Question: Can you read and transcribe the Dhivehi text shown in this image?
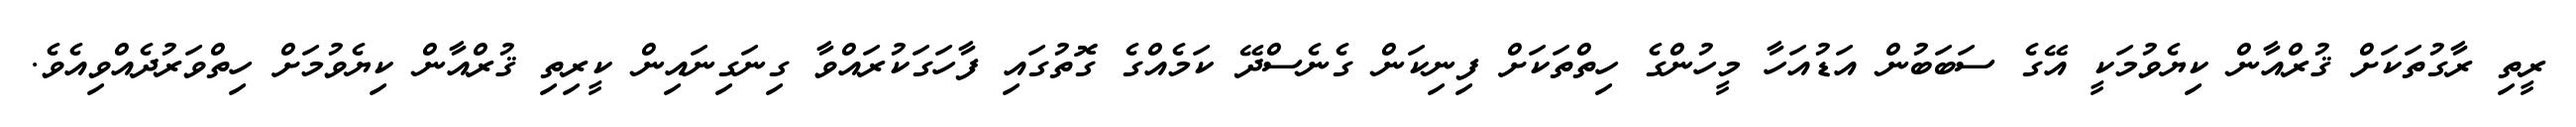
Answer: ރީތި ރާގުތަކަށް ޤުރްއާން ކިޔެވުމަކީ އޭގެ ސަބަބުން އަޑުއަހާ މީހުންގެ ހިތްތަކަށް ފިނިކަން ގެނެސްދޭ ކަމެއްގެ ގޮތުގައި ފާހަގަކުރައްވާ ގިނަގިނައިން ކީރިތި ޤުރްއާން ކިޔެވުމަށް ހިތްވަރުދެއްވިއެވެ.